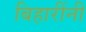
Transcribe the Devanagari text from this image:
बिहारींनी